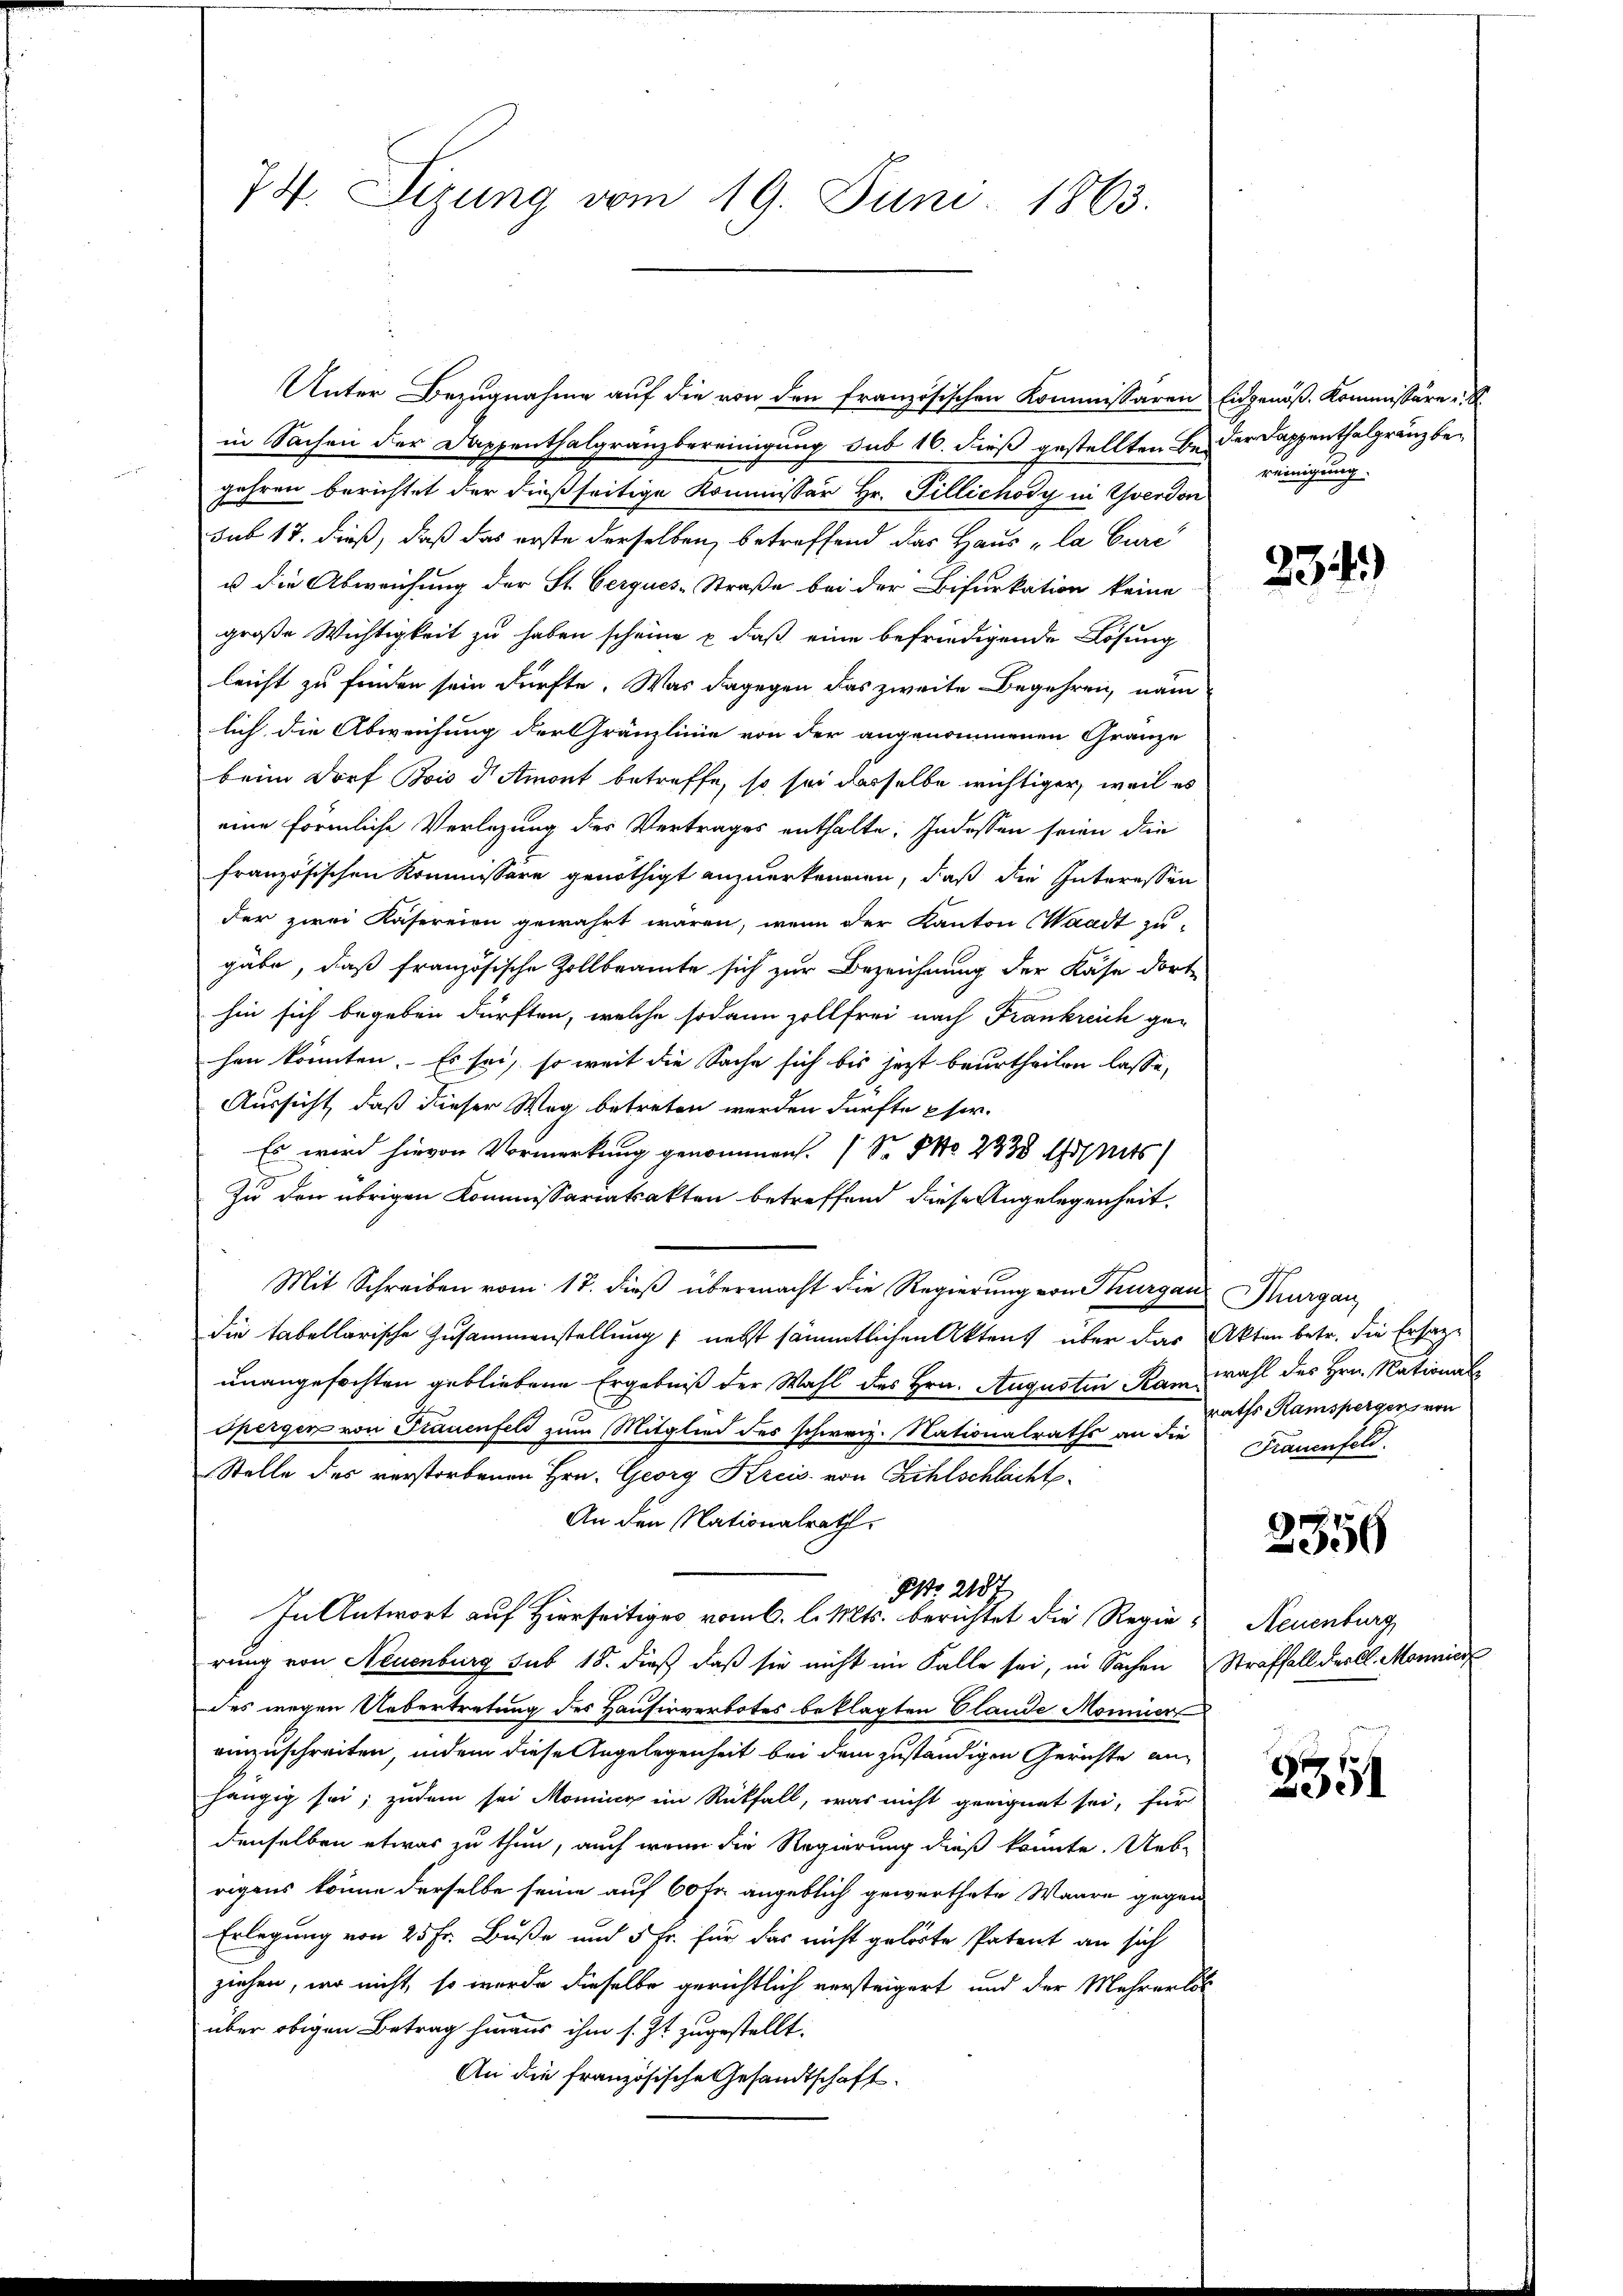
74. Sizung vom 19. Juni 1863.

Unter Bezugnahme auf die von den französischen Kommissaren Eidgenöß-Kommissäre u. S.
in Sachen der Dappenthalgränzbereinigung sub 16. dieß gestellten Bei der Dappenthalgränz begehren berichtet der dießseitige Kommissär Hr. Fillichody in Yverdon
sub 17. dieß, daß das erste derselben, betreffend das Haus „la Eure
u die Abweichung der St. Gerques-Straße bei der Bifurkation keine
große Wichtigkeit zu haben scheine u. daß eine befriedigende Lösung
leicht zu finden sein dürfte. Was dagegen das zweite Begehren, nam
lich die Abweichung der Gränzlinie von der angenommenen Gränze
beim Dorf Bois d Amont betreffe, so sei dasselbe wichtiger, weil es
eine förmliche Verlegung des Vertrages enthalte. Indessen seien die
französischen Kommissore genöthigt anzuerkennen, daß die Interessen
der zwei Kasereien gewährt wären, wenn der Kanton Waadt zu-
gäbe, daß französische Zollbeamte sich zur Bezeichnung der Käse dorte
hin sich begeben dürften, welche sodann zollfrei nach Frankreich ge-
hen könnten. Es sei, so weit die Sache sich bis jetzt beurtheilen lasse,
Aussicht, daß dieser Weg betreten werden dürfte Eher.
Es wird hievon Vormerkung genommen. ( Sr. No 2335 Arseits
Zu den übrigen Kommissariatsakten betreffend diese Angelegenheit.
Mit Schreiben vom 17. dieß übermacht die Regierung von Thurgau urgau
die tabellarische Zusammenstellung / nebst sämmtlichen Aktens über das Akten betr. die Ersage
unangefochten gebliebene Ergebniß der Wahl des Hrn. Augustin Kam wahl des Hrn. National
spergen von Frauenfeld zum Mitglied des schweiz. Nationalraths an die
Stelle des verstorbenen Hrn. Georg Kreis von Zihlschlacht
An den Nationalrath,
NNo. 2187
In Antwort auf Hierseitiges vom 6. l. Mts. berichtet die Regierung von Neuenburg sub 18. dieß daß sie nicht im Falle sei, in Sachen Straffall der Cl. Monnier
des wegen Uebertretung des Hausirverbotes beklagten Claude Mominer
einzuschreiten, indem diese Angelegenheit bei dem zuständigen Gerichte anhängig sei; zudem sei Moning im Rückfall, was nicht geeignet sei, für
denselben etwas zu thun, auch wenn die Regierung dieß könnte. Uebrigens könne derselbe seine auf 60 Fr. angeblich gewerthete Waare gegen
Erlegung von 25 Fr. Buße und 5 Fr. für das nicht gelöste Patent an sich
ziehen, wo nicht, so werde dieselbe gerichtlich versteigert und der Mehrerlös
über obigen Betrag hinaus ihm s. Zt. zugestellt.
An die französische Gesandtschaft.

reinigung.

234)

raths Ramspergen von
Frauenfeld.

2356

Neuenburg

2551